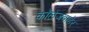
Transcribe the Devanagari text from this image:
कॉलेजबाहेर